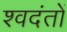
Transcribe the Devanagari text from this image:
श्वदंतों